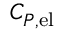
C _ { P , \mathrm { { e l } } }